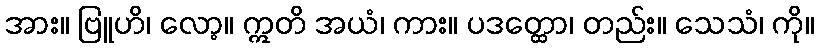
အား။ ဗြူဟိ၊ လော့။ ဣတိ အယံ၊ ကား။ ပဒတ္ထော၊ တည်း။ သေသံ၊ ကို။